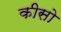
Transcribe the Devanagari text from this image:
कीसो